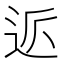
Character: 𲅔